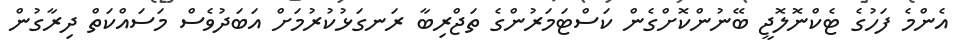
އެންމެ ފަހުގެ ޓެކްނޮލޮޖީ ބޭނުންކޮށްގެން ކަސްޓަމަރުންގެ ތަޖްރިބާ ރަނގަޅުކުރުމަށް އަބަދުވެސް މަސައްކަތް ދިރާގުން